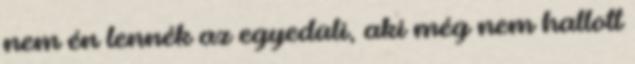
nem én lennék az egyedüli, aki még nem hallott